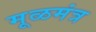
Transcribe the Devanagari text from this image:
मूळमंत्र